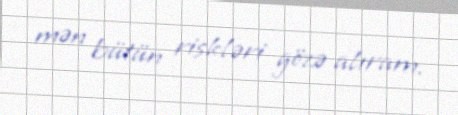
mən bütün riskləri gözə alıram.